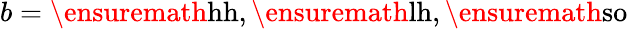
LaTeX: b=\ensuremath{\mathrm{hh}},\ensuremath{\mathrm{lh}},\ensuremath{\mathrm{so}}